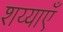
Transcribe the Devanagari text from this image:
शय्याएँ